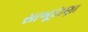
સાબૂદાણા